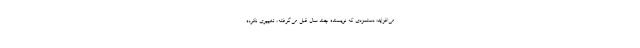
می‌افزاید: دستمزدی که نویسنده‌ چند سال قبل می‌گرفته، تغییری نکرده